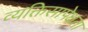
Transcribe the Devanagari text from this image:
व्यक्तिसापेक्षता